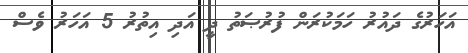
އަހަރުގެ ދައުރު ހަމަކުރަން ފުރުޞަތު ދީ އަދި އިތުރު 5 އަހަރު ވެސް